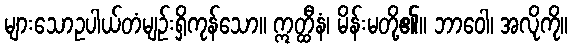
များသောဥပါယ်တံမျဉ်းရှိကုန်သော။ ဣတ္ထီနံ၊ မိန်းမတို့၏။ ဘာဝေါ၊ အလိုကို။